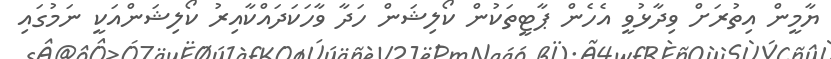
ޔާމީން އިތުރަށް ވިދާޅުވީ އެހެން ޕާޓީތަކުން ކޯލިޝަން ހަދާ ވާހަކަދައްކާއިރު ކޯލިޝަންއަކީ ނަމުގައި